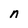
Character: n